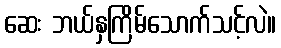
ဆေး ဘယ်နှကြိမ်သောက်သင့်လဲ။